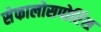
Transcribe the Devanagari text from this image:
सेफालोसपोरिंस